Senior Leaving Certificate Examination (including Day School Certificate (Higher) General paper), 1946
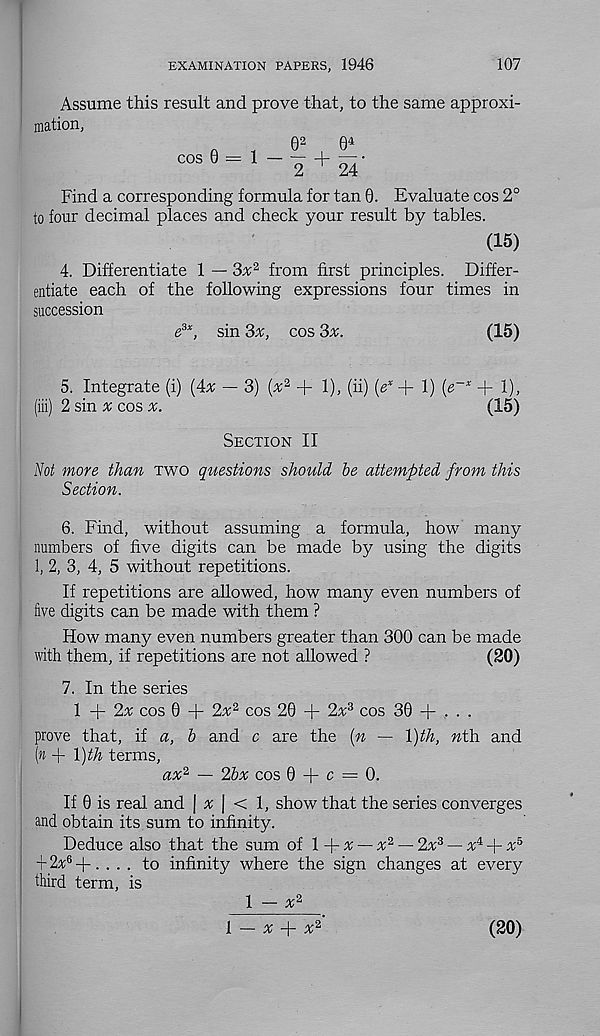
EXAMINATION PAPERS, 1946
107
Assume this result and prove that, to the same approxi-
mation,
n
,
e 2
Q 4
cos 6 = f - i + S '
Find a corresponding formula for tan 0. Evaluate cos 2°
to four decimal places and check your result by tables.
(15)
4. Differentiate 1 — 3x 2 from first principles. Differ-
entiate each of the following expressions four times in
succession
e 3x , sin 3x, cos 3x.
(15)
5. Integrate (i) {Ax — 3) (% 2 + 1), (ii) {e x + 1) {e~x + 1),
(iii) 2 sin # cos
(15)
Section II
iVctf more than two questions should be attempted from this
Section.
6. Find, without assuming a formula, how many
numbers of five digits can be made by using the digits
1, 2, 3, 4, 5 without repetitions.
If repetitions are allowed, how many even numbers of
five digits can be made with them ?
How many even numbers greater than 300 can be made
with them, if repetitions are not allowed ?
(20)
7. In the series
1+2^ cos 0 + 2x 2 cos 20 + 2nc 3 cos 30 + . . .
prove that, if a, b and c are the {n — l)th, ntYi and
(» + \)th terms,
ax 2 — 2bx cos 0 + c = 0.
If 0 is real and \ x \ < 1, show that the series converges
and obtain its sum to infinity.
Deduce also that the sum of l A-x — x 2 — 2x 3 — x iJ r x 5
■f 2% 6 -4-. . . . to infinity where the sign changes at every
third term, is
1 - * 2
{ — x
x 2
(20)